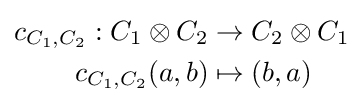
{\begin{aligned}c_{C_{1},C_{2}}:C_{1}\otimes C_{2}&\to C_{2}\otimes C_{1}\\c_{C_{1},C_{2}}(a,b)&\mapsto (b,a)\end{aligned}}